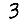
Digit: 3